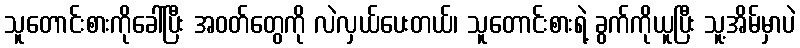
သူတောင်းစားကိုခေါ်ပြီး အဝတ်တွေကို လဲလှယ်ပေးတယ်၊ သူတောင်းစားရဲ့ ခွက်ကိုယူပြီး သူ့အိမ်မှာပဲ